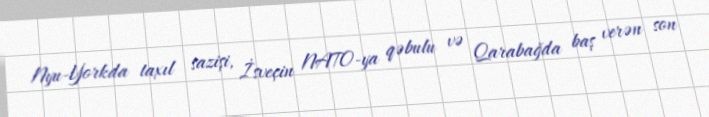
Nyu-Yorkda taxıl sazişi, İsveçin NATO-ya qəbulu və Qarabağda baş verən son